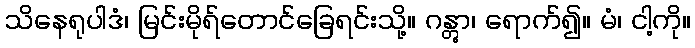
သိနေရုပါဒံ၊ မြင်းမိုရ်တောင်ခြေရင်းသို့။ ဂန္တွာ၊ ရောက်၍။ မံ၊ ငါ့ကို။